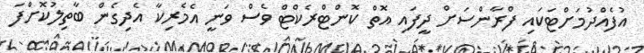
އުފެއްދުމަށްޓަކައި ފްރާންސަށް ދީފައި އޮތް ކޮންޓްރެކްޓް ވެސް ވަނީ އެމެރިކާ އެދިގެން ބާތިލުކޮށްފަ